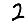
Digit: 2